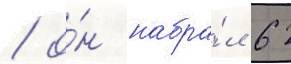
/ о́н набра́л 62